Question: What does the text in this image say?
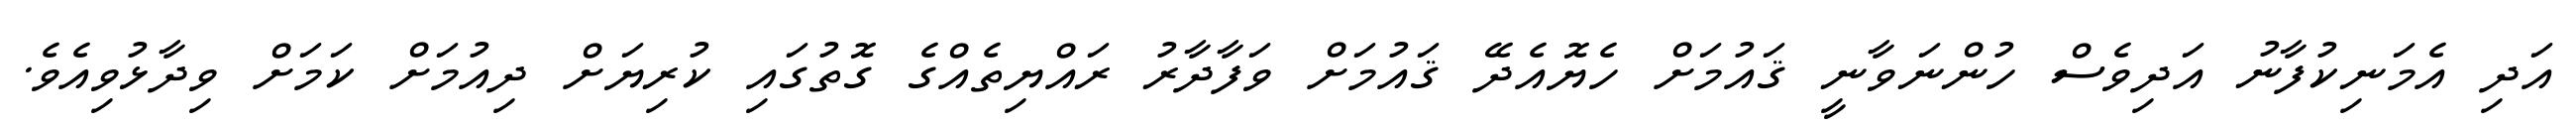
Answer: އަދި އެމަނިކުފާނު އަދިވެސް ހުންނަވާނީ ޤައުމަށް ހެޔޮއެދޭ ޤައުމަށް ވަފާދާރު ރައްޔިތެއްގެ ގޮތުގައި ކުރިޔަށް ދިއުމަށް ކަމަށް ވިދާޅުވިއެވެ.